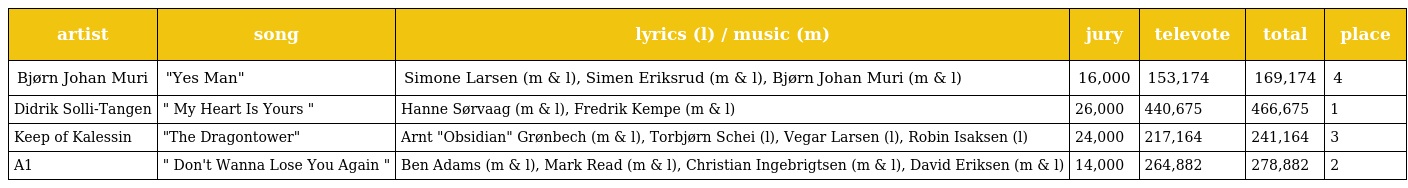
| artist | song | lyrics (l) / music (m) | jury | televote | total | place |
 | --- | --- | --- | --- | --- | --- | --- |
 | Bjørn Johan Muri | "Yes Man" | Simone Larsen (m & l), Simen Eriksrud (m & l), Bjørn Johan Muri (m & l) | 16,000 | 153,174 | 169,174 | 4 |
 | Didrik Solli-Tangen | " My Heart Is Yours " | Hanne Sørvaag (m & l), Fredrik Kempe (m & l) | 26,000 | 440,675 | 466,675 | 1 |
 | Keep of Kalessin | "The Dragontower" | Arnt "Obsidian" Grønbech (m & l), Torbjørn Schei (l), Vegar Larsen (l), Robin Isaksen (l) | 24,000 | 217,164 | 241,164 | 3 |
 | A1 | " Don't Wanna Lose You Again " | Ben Adams (m & l), Mark Read (m & l), Christian Ingebrigtsen (m & l), David Eriksen (m & l) | 14,000 | 264,882 | 278,882 | 2 |